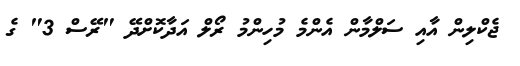
ޖެކްލިން އާއި ސަލްމާން އެންމެ މުހިންމު ރޯލް އަދާކޮށްދޭ "ރޭސް 3" ގެ